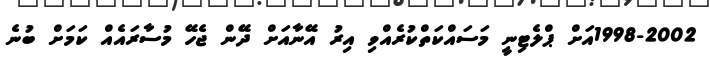
1998-2002އަށް ޕްލެޓިނީ މަސައްކަތްކުރެއްވި އިރު އޭނާއަށް ދޭން ޖެހޭ މުސާރައެއް ކަމަށް ބުނެ